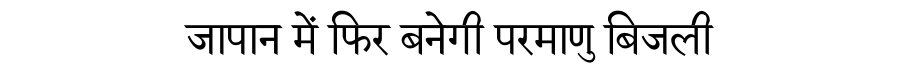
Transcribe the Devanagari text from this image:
जापान में फिर बनेगी परमाणु बिजली